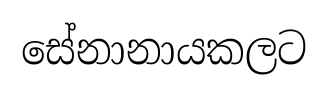
සේනානායකලට